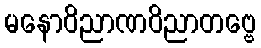
မနောဝိညာဏဝိညာတဗ္ဗေ